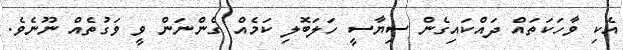
އެކި ވާހަކަތައް ދައްކައިގެން ސިޔާސީ ހަލަބޮލި ކަމެއް ގެންނަން ވީ ވަގުތެއް ނޫނެވެ.